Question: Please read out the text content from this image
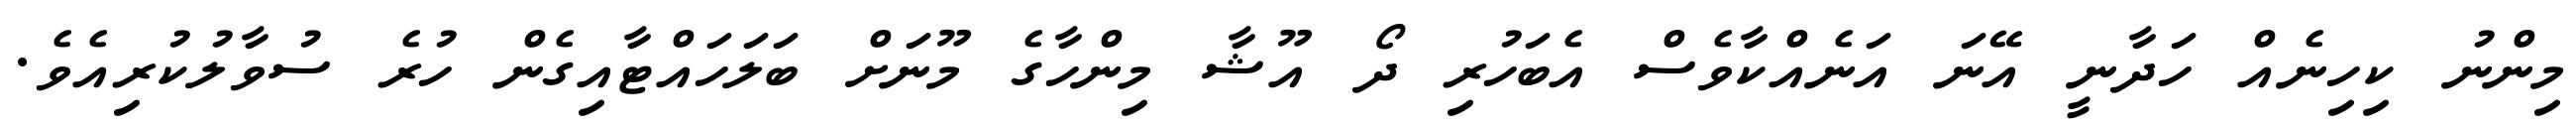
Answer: މިންނު ކިހިނެއް ހަދާނީ އޭނަ އަނެއްކާވެސް އެބަހުރި ދޯ އޫޝާ މިންހާގެ މޫނަށް ބަލަހައްޓާއިގެން ހުރެ ސުވާލުކުރިއެވެ.